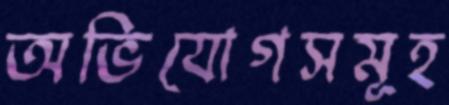
অভিযোগসমূহ